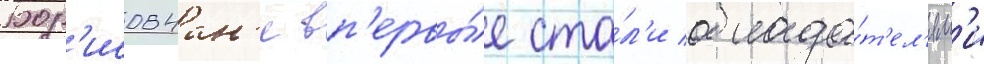
Бор'исовчан'е вп'ервы́е ста́л'и облада́т'ел'ям'и